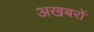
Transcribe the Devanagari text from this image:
अखबरों